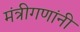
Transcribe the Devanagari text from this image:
मंत्रीगणांनी